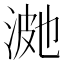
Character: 𭰿